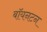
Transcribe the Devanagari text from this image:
बॉयनटन